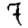
Digit: 7